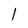
Character: l